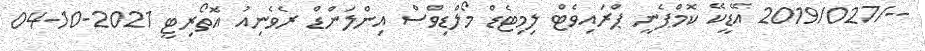
--/2019/027 އޭޑީކޭ ކޮމްޕެނީ ޕްރައިވެޓް ލިމިޓެޑް މޯލްޑިވްސް އިންލަންޑް ރެވެނިއު އޮތޯރިޓީ 2021-10-04